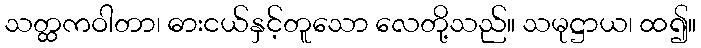
သတ္ထကဝါတာ၊ ဓားငယ်နှင့်တူသော လေတို့သည်။ သမုဋ္ဌာယ၊ ထ၍။